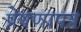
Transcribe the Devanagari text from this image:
प्रेषणापत्र